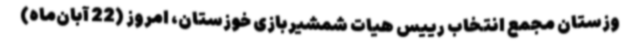
وزستان مجمع انتخاب رییس هیات شمشیربازی خوزستان، امروز (22 آبان‌ماه)